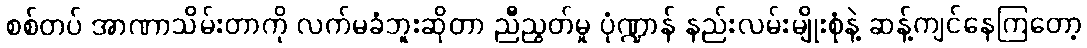
စစ်တပ် အာဏာသိမ်းတာကို လက်မခံဘူးဆိုတာ ညီညွတ်မှု ပုံဏ္ဍာန် နည်းလမ်းမျိုးစုံနဲ့ ဆန့်ကျင်နေကြတော့